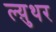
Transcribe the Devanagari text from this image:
ल्य़ुथर